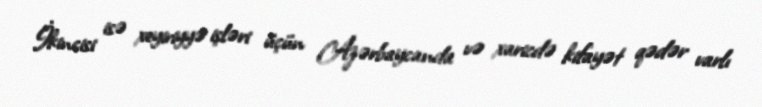
İkincisi isə xeyiriyyə işləri üçün Azərbaycanda və xaricdə kifayət qədər varlı